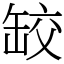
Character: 䍊